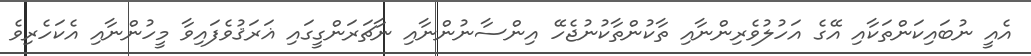
އެއީ ނުބައިކަންތަކާއި އޭގެ އަހުލުވެރިންނާއި ތާކުންތާކުނުޖެހޭ އިންސާނުންނާއި ނާޗަރަންގީގައި ޣަރަޤުވެފައިވާ މީހުންނާއި އެކަހެރިވެ